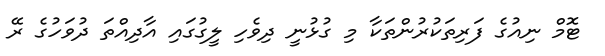
ޓޮމް ނިއުގެ ފަރިތަކުރުންތަކާ މި ގުޅުނީ ދިވެހި ލީގުގައި އާދިއްތަ ދުވަހުގެ ރޭ